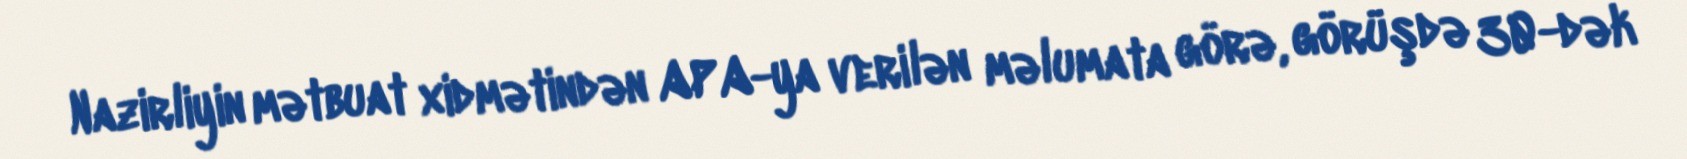
Nazirliyin mətbuat xidmətindən APA-ya verilən məlumata görə, görüşdə 30-dək